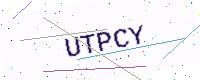
Text: UTPCY